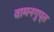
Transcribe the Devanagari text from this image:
वामनगुप्त